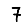
Digit: 7